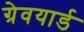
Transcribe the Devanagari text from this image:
ग्रेवयार्ड